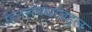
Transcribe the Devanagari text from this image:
हितसंबंधांबद्दल